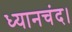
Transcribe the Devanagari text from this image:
ध्यानचंद।